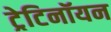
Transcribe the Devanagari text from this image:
ट्रेटिनॉयन